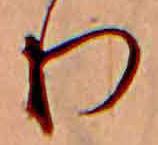
り